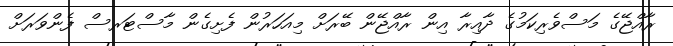
ރާއްޖޭގެ މަސްވެރިކަމުގެ ދާއިރާ އިން ރާއްޖޭން ބޭރަށް މިއަހަރުން ފެށިގެން މާސްޓަރސް ފެންވަރަށް